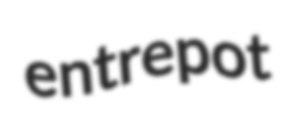
entrepot